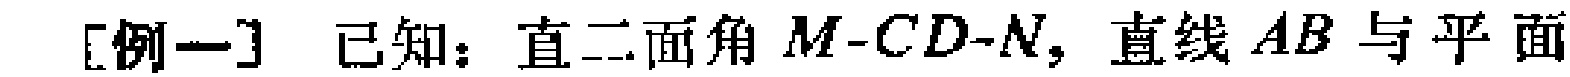
[例一] 已知：直二面角 \(M - CD - N\)，直线 \(AB\) 与平面